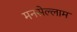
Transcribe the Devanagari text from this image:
मनसेल्लाम